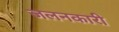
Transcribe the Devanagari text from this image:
जलनकारी